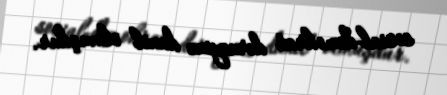
sosial-demokrat dərnəyinə daxil olmuşdur.